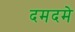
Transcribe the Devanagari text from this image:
दमदमे